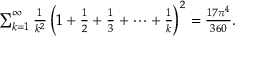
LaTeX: \begin{array} { r } { \sum _ { k = 1 } ^ { \infty } { \frac { 1 } { k ^ { 2 } } } \left( 1 + { \frac { 1 } { 2 } } + { \frac { 1 } { 3 } } + \cdots + { \frac { 1 } { k } } \right) ^ { 2 } = { \frac { 1 7 \pi ^ { 4 } } { 3 6 0 } } . } \end{array}